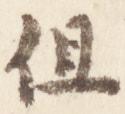
但